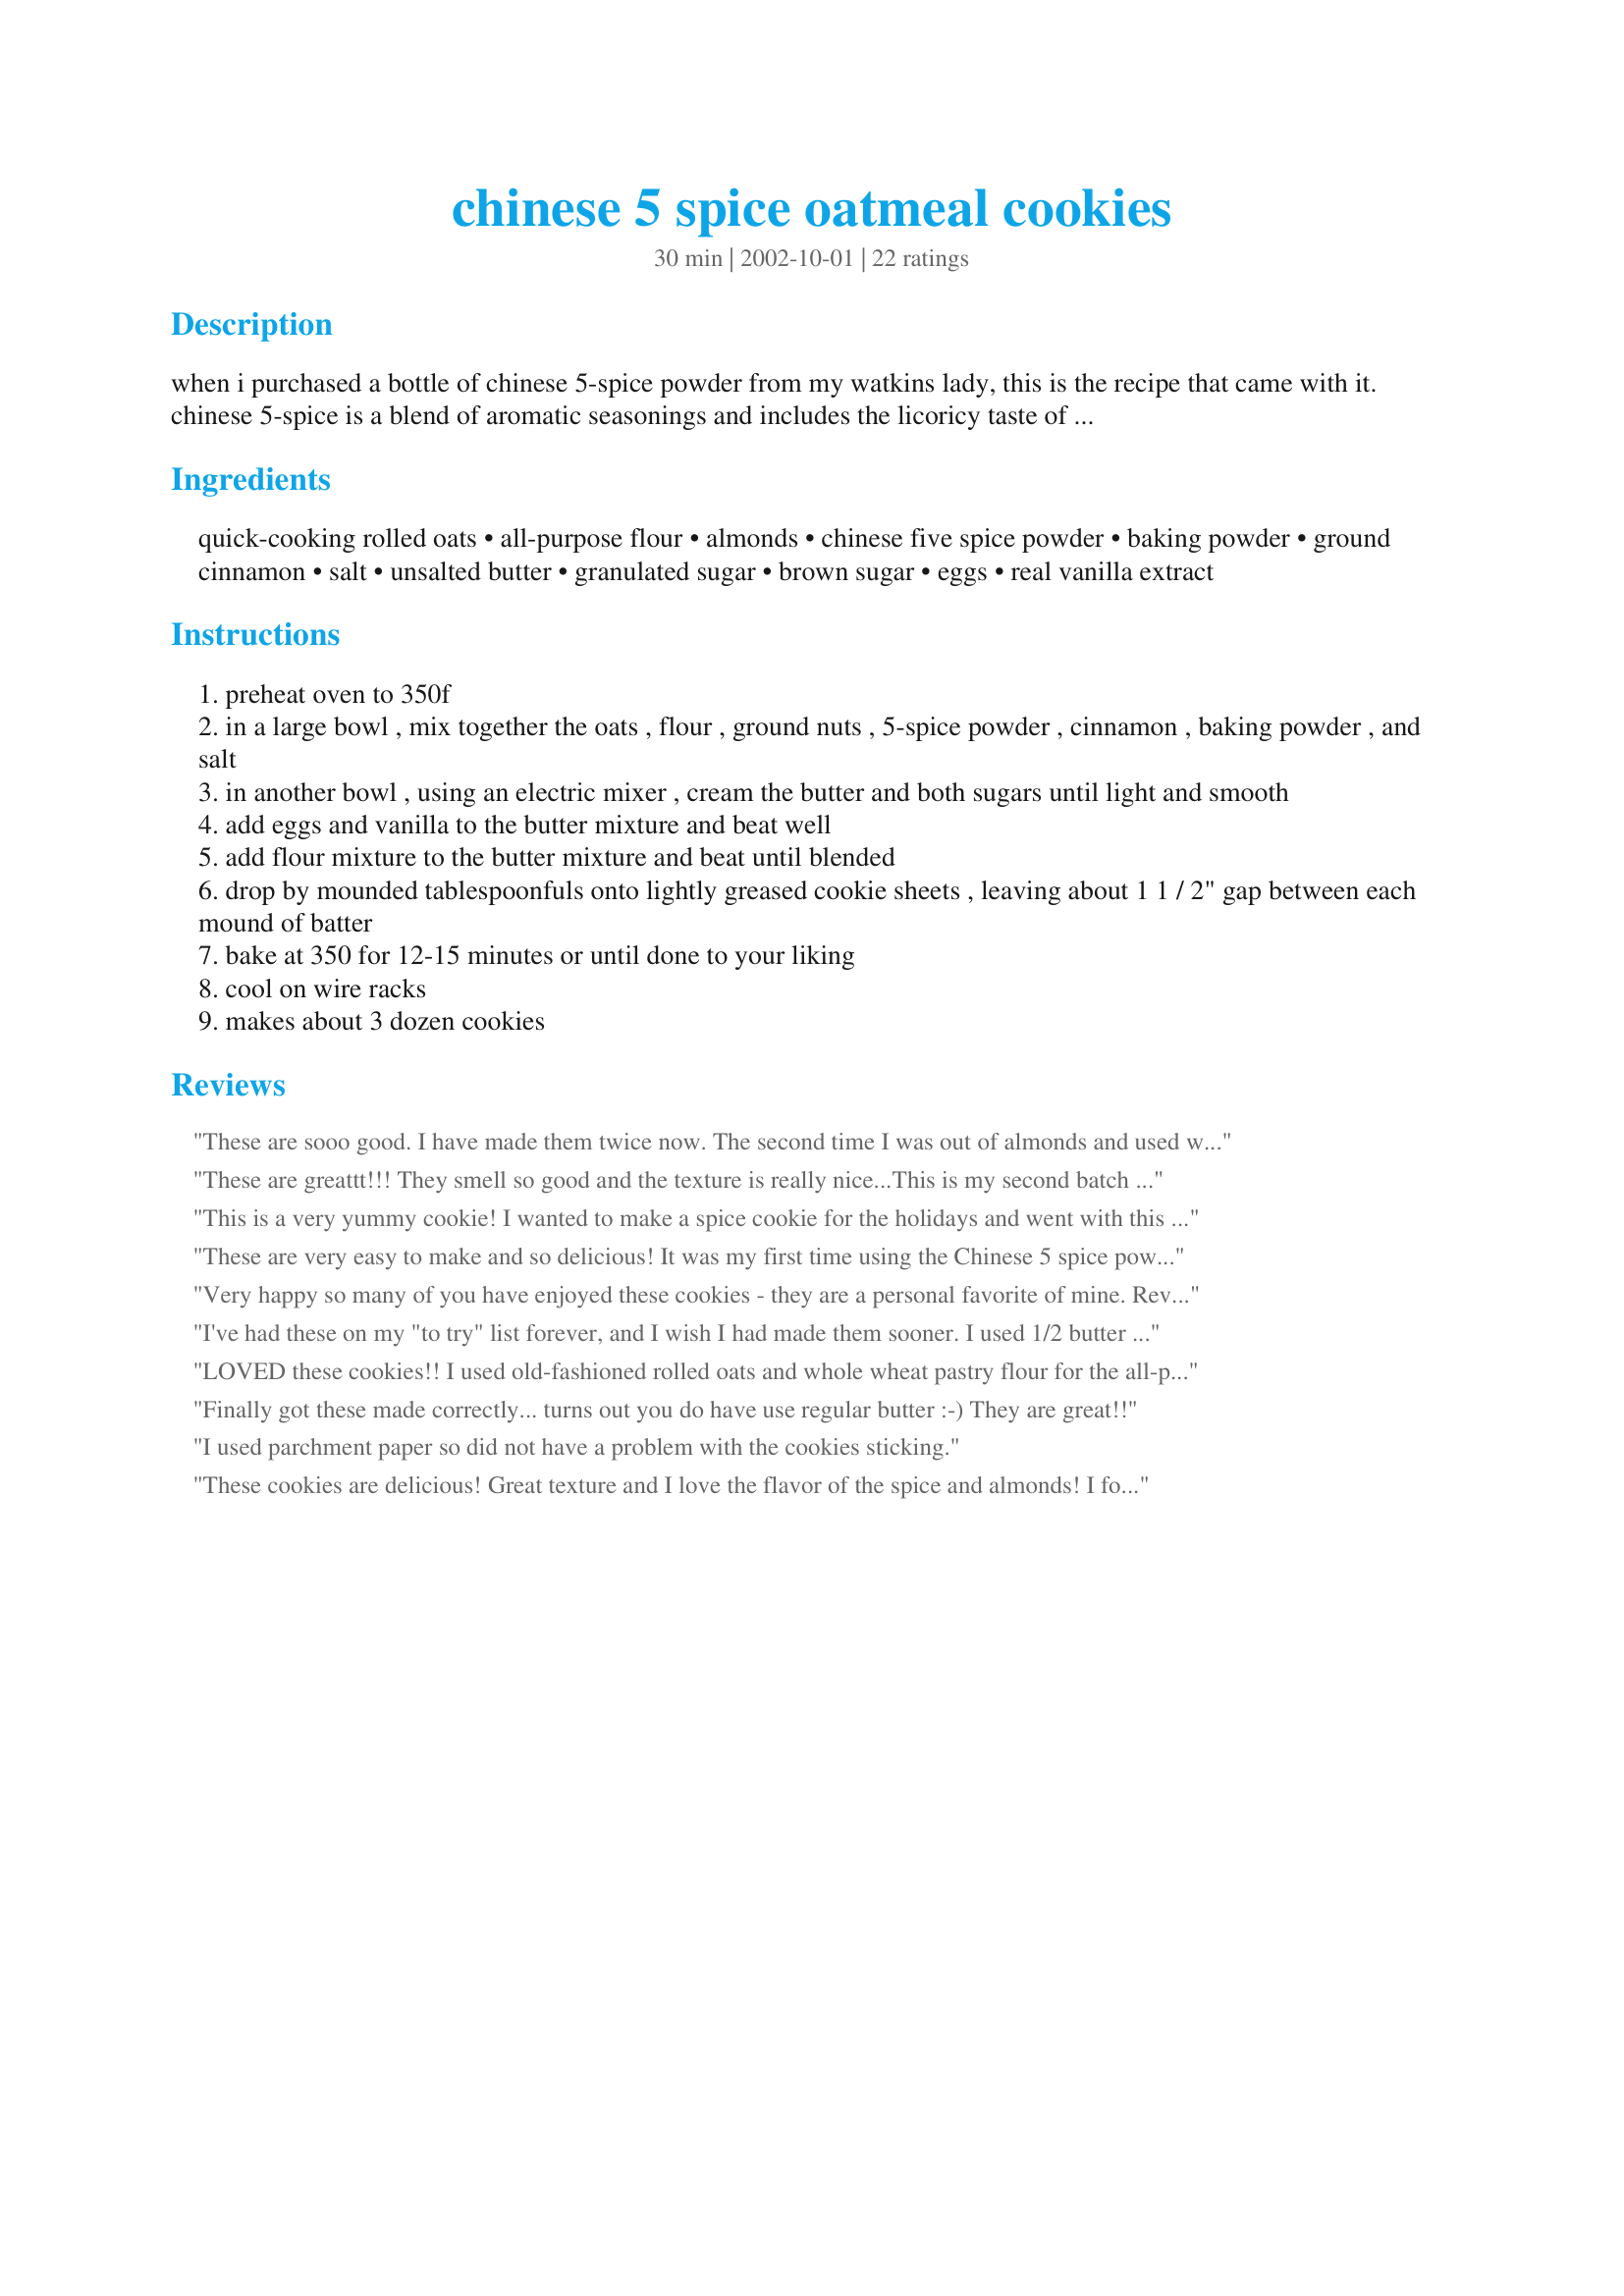
chinese 5 spice oatmeal cookies
Preparation time: 30 minutes

when i purchased a bottle of chinese 5-spice powder from my watkins lady, this is the recipe that came with it. chinese 5-spice is a blend of aromatic seasonings and includes the licoricy taste of star anise. you can find chinese 5-spice prebottled in many grocery stores or at an asian market (or from your local watkins rep).

Ingredients:
quick-cooking rolled oats, all-purpose flour, almonds, chinese five spice powder, baking powder, ground cinnamon, salt, unsalted butter, granulated sugar, brown sugar, eggs, real vanilla extract

Steps:
preheat oven to 350f
in a large bowl , mix together the oats , flour , ground nuts , 5-spice powder , cinnamon , baking powder , and salt
in another bowl , using an electric mixer , cream the butter and both sugars until light and smooth
add eggs and vanilla to the butter mixture and beat well
add flour mixture to the butter mixture and beat until blended
drop by mounded tablespoonfuls onto lightly greased cookie sheets , leaving about 1 1 / 2" gap between each mound of batter
bake at 350 for 12-15 minutes or until done to your liking
cool on wire racks
makes about 3 dozen cookies

Reviews:
These are sooo good. I have made them twice now. The second time I was out of almonds and used walnuts instead...still just as good! Thank you for sharing a really great recipe!
These are greattt!!! They smell so good and the texture is really nice...This is my second batch :^) Thank you for sharing!!!!!
This is a very yummy cookie! I wanted to make a spice cookie for the holidays and went with this one, since I too have a bottle of Chinese Five Spice powder that I bought but have yet to use.

I used old-fashioned rolled oats instead of quick-cooking and they turned out fantastic. I also wound up having to substitute molasses+granulated sugar for the brown sugar, because I didn't realize I was out before starting. These still came out fabulous though!

I also added about a cup and a half of raisins, since I wanted to go for an oatmeal raisin cookie with serious spice kick.

My house wound up smelling delicious... mmmm. Sent them in to work with my husband for his co-workers, so I will update with the results of their taste-test.

For what it's worth, I will never make any oatmeal cookie recipe but this one again!!!
These are very easy to make and so delicious! It was my first time using the Chinese 5 spice powder my mother gave me, and will not be the last! I liked these so much better than the regular oatmeal cookies and have added them to the permanent cookie list in my cookbook. Thanks for a yummy cookie recipe!
Very happy so many of you have enjoyed these cookies - they are a personal favorite of mine. Reviewer Cindy Lynn is correct - while the amount of nuts is indeed critical to the recipe (they can't be reduced or omitted without affecting the outcome), you may certainly substitute any type of coarsely ground tree nut(hazelnut,walnut,etc) that you have available or that you prefer if the almonds are not available.
I've had these on my "to try" list forever, and I wish I had made them sooner. I used 1/2 butter and 1/2 margarine, but otherwise followed the recipe exactly. They are soft and chewy (just how I like them) with a little kick. I used Dynasty's 5 Spice powder - they almost have a bit of heat. Very yummy - thanks so much! EDIT: I forgot to mention that I lined my baking sheets with parchment paper (ungreased) and the cookies slid right off.
LOVED these cookies!! I used old-fashioned rolled oats and whole wheat pastry flour for the all-purpose flour. I also used about a half cup less sugar and they were perfectly sweet! I just threw my almonds in my coffee grinder, as it was quicker and simpler than pulling out the food processor. I think I prefer the tiny pieces of nuts distributed throughout the cookie instead of bigger chunks.
Finally got these made correctly... turns out you do have use regular butter :-) They are great!!
I used parchment paper so did not have a problem with the cookies sticking.
These cookies are delicious! Great texture and I love the flavor of the spice and almonds! I followed the directions exactly and wouldn't make any changes to the recipe. I think the wonderful smell of spices drove my dog crazy! She had a fit when she saw me testing a cookie. She came over and begged until I gave her a small pinch.... and she NEVER begs for people food! LOL Anyways, they were a huge hit with the whole family. Thanks Heather for sharing a great recipe!
These were delicious, the taste was similar to Dad's cookies (if you have ever tried them) but much chewier. I used the PC chinese 5 spice grinder and the flavour combo was wonderful. The first batch I made stuck to my pan quite a bit, so for the second batch I made sure to grease the pan a little heavier, and they came out just great.
Thanks for a great addition to my Christmas tray!
This is one recipe I followed!
Great! Yummy!
They`re on my Christmas list of cookies.
I LOVE me some 5 spice oatmeal cookies! These are really good! Good old oatmeal cookie texture but with a little added kick. I followed the recipe exactly, no need to change a thing. I baked my half for 13 minutes (I like soft cookies) and my husbands half 16 minutes (he likes 'em crisp). Thank you for sharing.
I'm obsessed with these cookies! They are wonderful! I made them for my Christmas cookie tray. They were the first to go.
great cookies! I can't even explain how wonderful the flavor is. I followed the recipe exactly, except I used Old Fashioned Oats instead of quick cooking. Turned out fabulous.
I saw a discussion about this recipe on one of the boards and then saw 5-Spice in the grocery store shortly after and just knew that I HAD to try these. Am I ever glad I did!!! My DDs had used up all of my almonds so I decided since the nuts were to be ground and seemed to be part of the 'dry' ingredients to provide the right consistency that I shouldn't reduce the black walnuts I had elected to substitute (I normally reduce black walnut subs to half of what is called for in recipes because of the intensity of their flavor). Heather had said these were peppery so I was expecting 'hot', but they weren't at all. They were just very strong and delightfully seasoned. The flavor of the 5-Spice was so intense that the black walnuts only gave a hint of their existence in the cookies. My DDs have always claimed they absolutely DO NOT like black walnuts, but they sure do now and they don't even know it yet. I had made several different kinds of cookies and these the favorites of almost everyone in the house. Thanks for sharing such a delicious recipe Heather!!!
The flavor of these cookies had DH oohing and aahing. However, I got so frustrated trying to get these off the pan in one piece. No matter what I tried they were too crisp or crumbly. I really do like the flavor of the almonds and five spice, they compliment each other nicely.
Just had to add another 5 star review to this. Made as directed (except I skip the part in cookie recipes where you mix the dry ingredients separate), and the flavor was fabulous. The almonds are what set these apart from other oatmeal cookies for me and the 5 spice powder adds some depth to the traditional cinnamon. Thanks!
This will be one of my tried and true recipes.I have had it flagged for trying for quite some time now. I always have Chinese Five Spice in my spice cupboard, but how often does it get used in Chinese food???? The flavor is awesome, and I would never have thought to use Chinese Five Spice in cookies. I followed the recipe to a T, and after seeing the results, and the( TASTE TEST), I will be trying chocolate chips in some, and maybe raisins as well, in the future. I love the oatmeal as an ingredient, as it is a factor in cholestral lowering. Cinnamon also, has cholestral lowering benefits. Many thanks for posting such an awesome recipe!! Cat^..^atude.
Oh my do I have a new favorite cookie! Had this 5 Spice hanging around for a while and didn't know what to make with it. Pretty sure that I will be using it often for these cookies. I used parchment paper and let them cool for a minute before taking them off of the cookie sheet so they didn't crumble. I would recommend baking for the least possible time so they are tender the next day. Thank you for a great recipe for my 5 Spice.
This is an OK cookie but I kept waiting for the kick, but flavor was lacking. It had good texture and baked nicely but with all the 5 star reviews I expected more. I did follow the recipe exactly. I will likely make again but with some tweaks of maybe more spices or dried cranberries or icing. The picture posted with this recipe looks like Christmas cut out sugar cookies - mine didn't look like it at all.
I used whole wheat flour and ground the almonds in a coffee grinder. Added 1 C raisins and baked for 13 minutes. Folks were arm wrestling for the last 2 cookies
